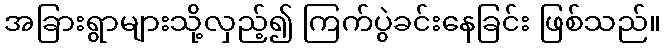
အခြားရွာများသို့လှည့်၍ ကြက်ပွဲခင်းနေခြင်း ဖြစ်သည်။